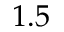
1 . 5